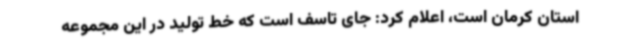
استان کرمان است، اعلام کرد: جای تاسف است که خط تولید در این مجموعه